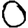
Digit: 0